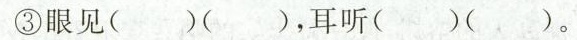
③眼见( )( )，耳听( )( )。